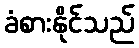
ခံစားနိုင်သည်